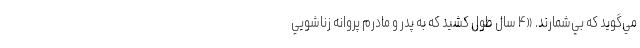
مي‌گويد كه بي‌شمارند. «۴ سال طول كشيد كه به پدر و مادرم پروانه زناشويي